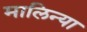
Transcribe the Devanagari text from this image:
मालिन्या